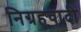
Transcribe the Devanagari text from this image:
निग्रहवादी